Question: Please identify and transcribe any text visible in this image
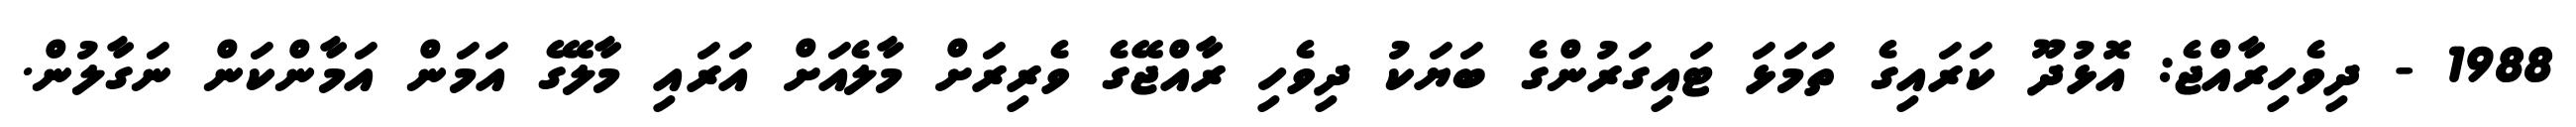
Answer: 1988 - ދިވެހިރާއްޖެ: އޮޅުދޫ ކަރައިގެ ތަމަޅަ ޓައިގަރުންގެ ބަޔަކު ދިވެހި ރާއްޖޭގެ ވެރިރަށް މާލެއަށް އަރައި މާލޭގެ އަމަން އަމާންކަން ނަގާލުން.